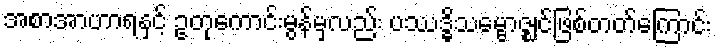
အစာအာဟာရနှင့် ဥတုကောင်းမွန်မှလည်း ပဿဒ္ဓိသမ္ဗောဇ္ဈင်ဖြစ်တတ်ကြောင်း